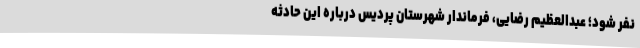
نفر شود؛ عبدالعظیم رضایی، فرماندار شهرستان پردیس درباره این حادثه